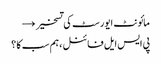
مائونٹ ایورسٹ کی تسخیر →
پی ایس ایل فائنل ، ہم سب کا ؟